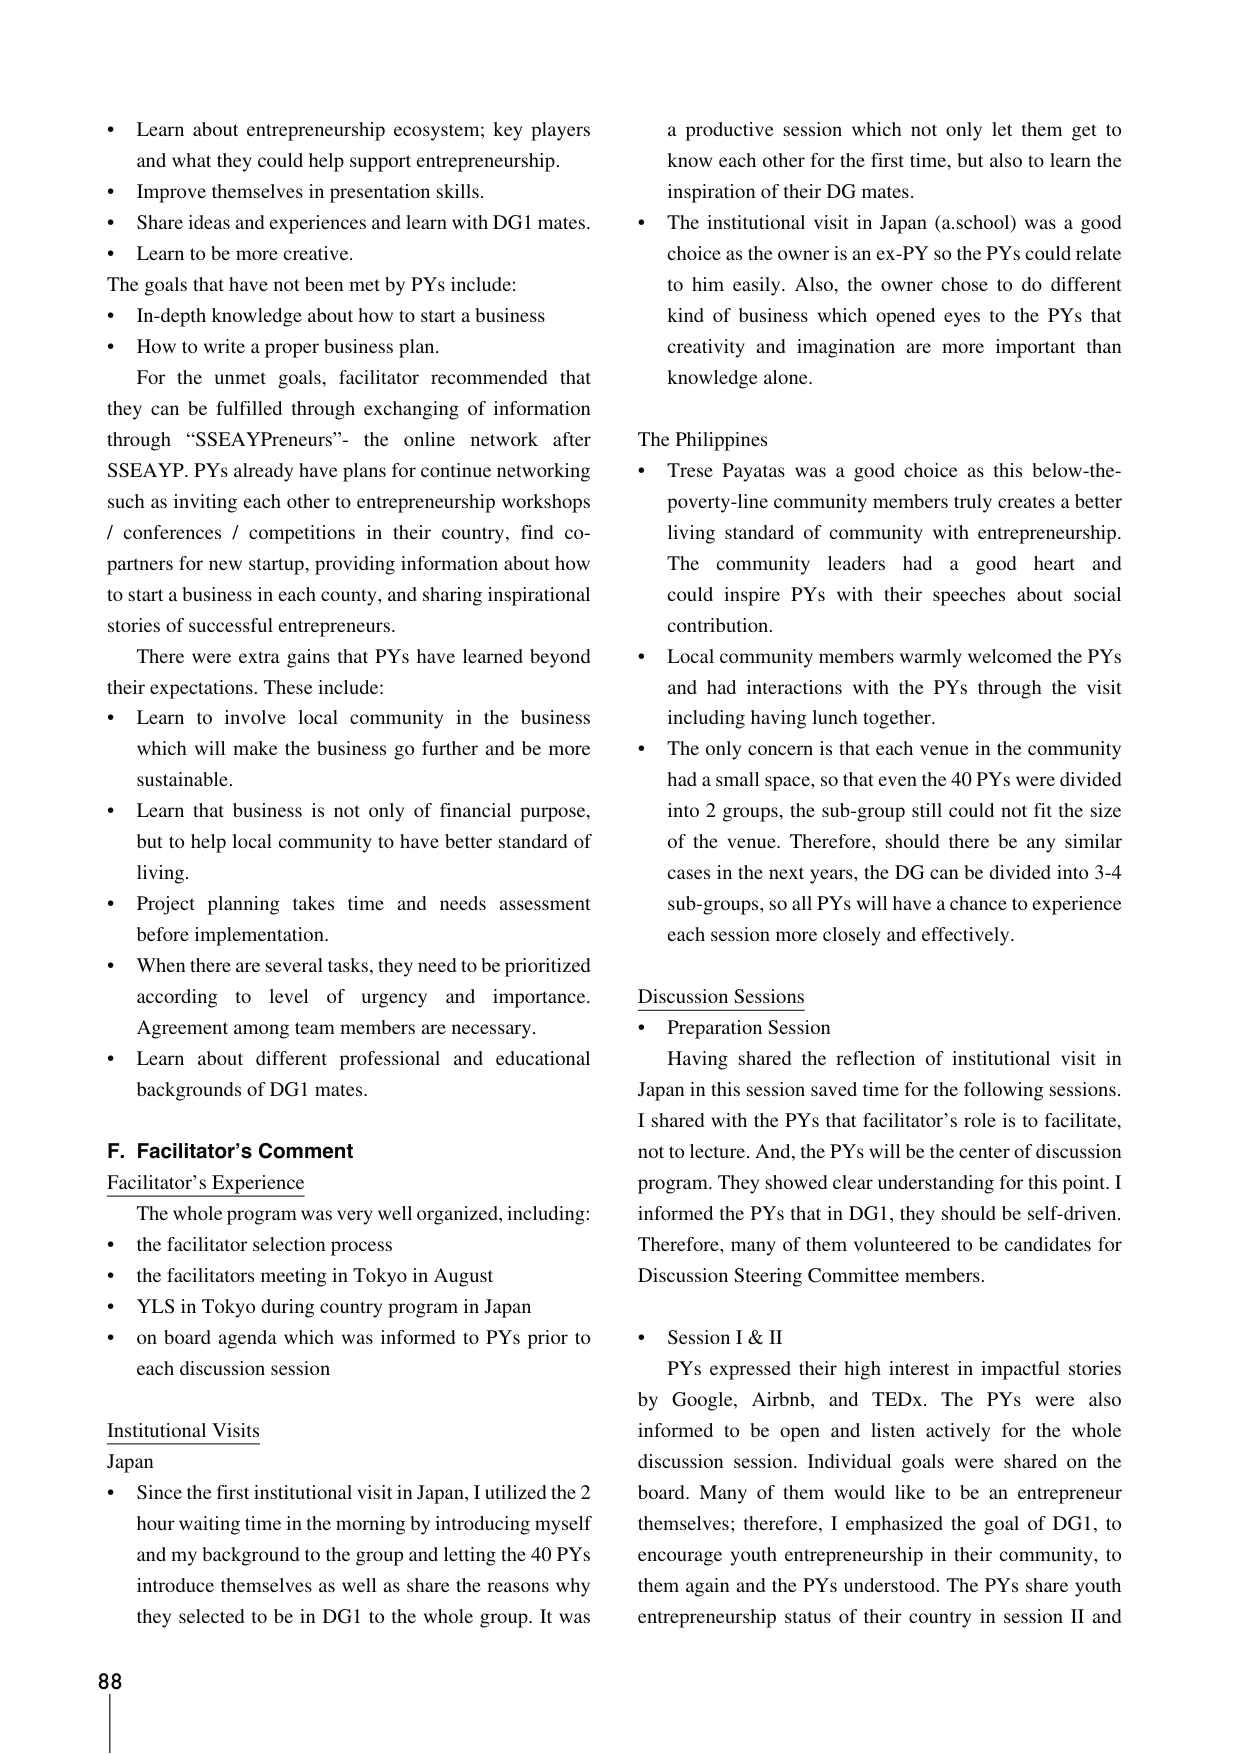
• Learn about entrepreneurship ecosystem; key players and what they could help support entrepreneurship.
• Improve themselves in presentation skills.
• Share ideas and experiences and learn with DG1 mates.
• Learn to be more creative.
The goals that have not been met by PYs include:
• In-depth knowledge about how to start a business
• How to write a proper business plan.
For the unmet goals, facilitator recommended that they can be fulfilled through exchanging of information through “SSEAYPreneurs”- the online network after SSEAYP. PYs already have plans for continue networking such as inviting each other to entrepreneurship workshops / conferences / competitions in their country, find co-partners for new startup, providing information about how to start a business in each county, and sharing inspirational stories of successful entrepreneurs.
There were extra gains that PYs have learned beyond their expectations. These include:
• Learn to involve local community in the business which will make the business go further and be more sustainable.
• Learn that business is not only of financial purpose, but to help local community to have better standard of living.
• Project planning takes time and needs assessment before implementation.
• When there are several tasks, they need to be prioritized according to level of urgency and importance. Agreement among team members are necessary.
• Learn about different professional and educational backgrounds of DG1 mates.
F. Facilitator’s Comment
Facilitator’s Experience
The whole program was very well organized, including:
• the facilitator selection process
• the facilitators meeting in Tokyo in August
• YLS in Tokyo during country program in Japan
• on board agenda which was informed to PYs prior to each discussion session
Institutional Visits
Japan
• Since the first institutional visit in Japan, I utilized the 2 hour waiting time in the morning by introducing myself and my background to the group and letting the 40 PYs introduce themselves as well as share the reasons why they selected to be in DG1 to the whole group. It was a productive session which not only let them get to know each other for the first time, but also to learn the inspiration of their DG mates.
• The institutional visit in Japan (a.school) was a good choice as the owner is an ex-PY so the PYs could relate to him easily. Also, the owner chose to do different kind of business which opened eyes to the PYs that creativity and imagination are more important than knowledge alone.
The Philippines
• Trese Payatas was a good choice as this below-the-poverty-line community members truly creates a better living standard of community with entrepreneurship. The community leaders had a good heart and could inspire PYs with their speeches about social contribution.
• Local community members warmly welcomed the PYs and had interactions with the PYs through the visit including having lunch together.
• The only concern is that each venue in the community had a small space, so that even the 40 PYs were divided into 2 groups, the sub-group still could not fit the size of the venue. Therefore, should there be any similar cases in the next years, the DG can be divided into 3-4 sub-groups, so all PYs will have a chance to experience each session more closely and effectively.
Discussion Sessions
• Preparation Session
Having shared the reflection of institutional visit in Japan in this session saved time for the following sessions. I shared with the PYs that facilitator’s role is to facilitate, not to lecture. And, the PYs will be the center of discussion program. They showed clear understanding for this point. I informed the PYs that in DG1, they should be self-driven. Therefore, many of them volunteered to be candidates for Discussion Steering Committee members.
• Session I & II
PYs expressed their high interest in impactful stories by Google, Airbnb, and TEDx. The PYs were also informed to be open and listen actively for the whole discussion session. Individual goals were shared on the board. Many of them would like to be an entrepreneur themselves; therefore, I emphasized the goal of DG1, to encourage youth entrepreneurship in their community, to them again and the PYs understood. The PYs share youth entrepreneurship status of their country in session II and
88